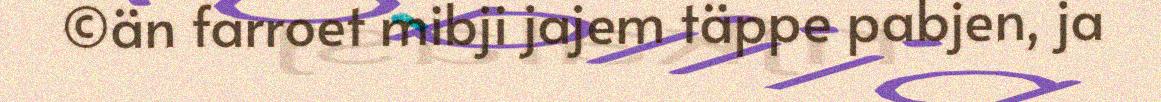
©än farroet mibji jajem täppe pabjen, ja